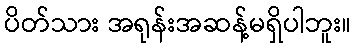
ပိတ်သား အရုန်းအဆန့်မရှိပါဘူး။